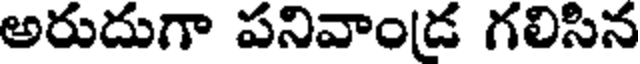
అరుదుగా పనివాండ గలిసిన